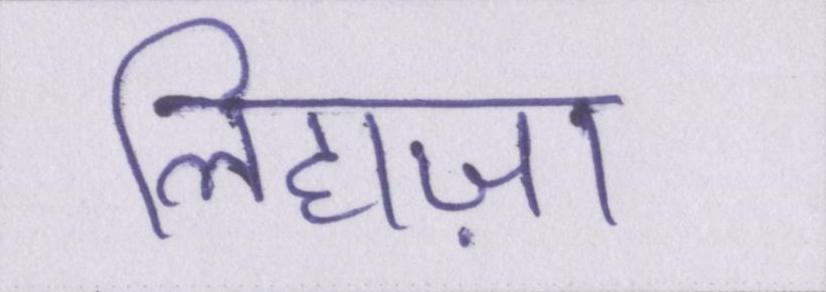
लिहाज़ा